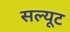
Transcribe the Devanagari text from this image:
सल्यूट